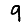
Digit: 9